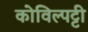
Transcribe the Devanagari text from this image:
कोविल्पट्टी